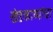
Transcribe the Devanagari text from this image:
खंडकाव्यांचा